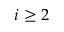
i \geq 2